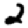
Digit: 2